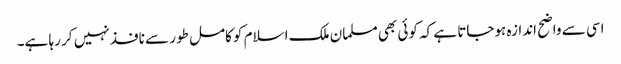
اسی سے واضح اندازہ ہوجاتا ہے کہ کوئی بھی مسلمان ملک اسلام کو کامل طور سے نافذ نہیں کر رہا ہے۔